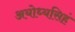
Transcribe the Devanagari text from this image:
अयोध्यसिहं